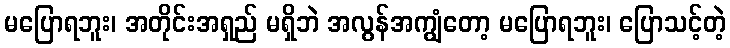
မပြောရဘူး၊ အတိုင်းအရှည် မရှိဘဲ အလွန်အကျွံတော့ မပြောရဘူး၊ ပြောသင့်တဲ့